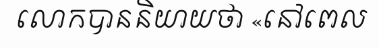
លោកបាននិយាយថា «នៅពេល